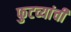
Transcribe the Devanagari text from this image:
फुटव्यांची